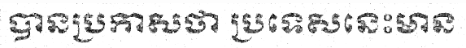
បានប្រកាសថា ប្រទេសនេះមាន